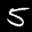
Label: 5